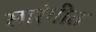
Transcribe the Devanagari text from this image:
सारंगीत